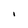
Character: i